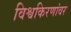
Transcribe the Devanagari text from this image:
विश्वकिरणांवर